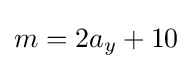
m=2a_{y}+10